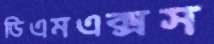
ডিএমএক্সস